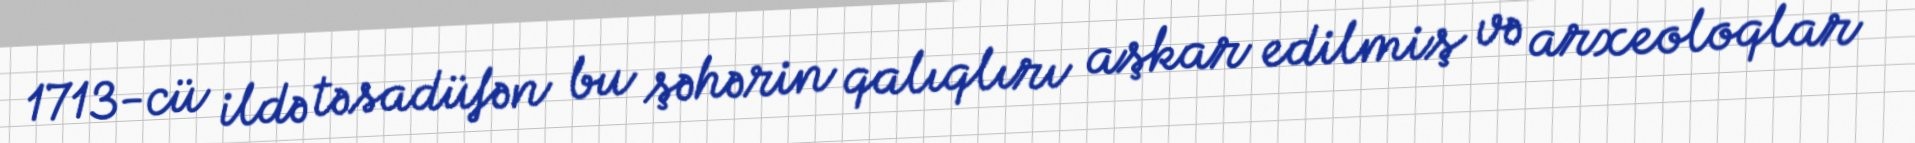
1713-cü ildə təsadüfən bu şəhərin qalıqlırı aşkar edilmiş və arxeoloqlar